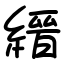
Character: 縉